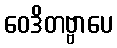
ဝေဒိတဗ္ဗာပေ